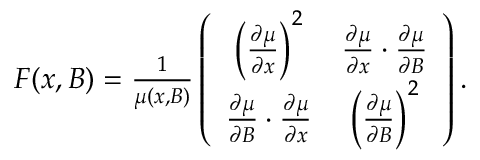
\begin{array} { r } { F ( x , B ) = \frac { 1 } { \mu ( x , B ) } \left( \begin{array} { c c } { \left( \frac { \partial \mu } { \partial x } \right) ^ { 2 } } & { \frac { \partial \mu } { \partial x } \cdot \frac { \partial \mu } { \partial B } } \\ { \frac { \partial \mu } { \partial B } \cdot \frac { \partial \mu } { \partial x } } & { \left( \frac { \partial \mu } { \partial B } \right) ^ { 2 } } \end{array} \right) . } \end{array}